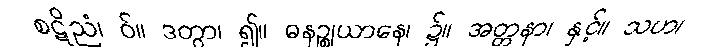
စဋိညံ၊ ဝ်။ ဒတွာ၊ ၍။ ဓနဉ္စုယာနေ၊ ၌။ အတ္တနာ၊ နှင့်။ သဟ၊